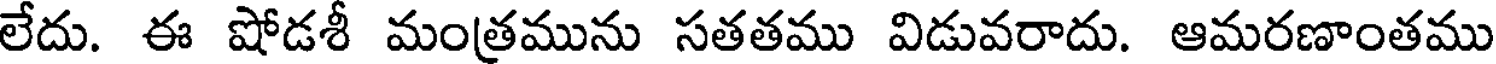
లేదు. ఈ షోడశీ మంత్రమును సతతము విడువరాదు. ఆమరణాంతము